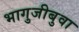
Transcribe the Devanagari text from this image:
भागुजीबुवा